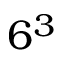
6 ^ { 3 }